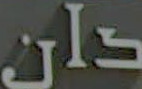
دان